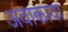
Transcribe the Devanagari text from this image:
अवाकाया